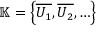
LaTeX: \mathbb { K } = \left\{ { \overline { { U _ { 1 } } } } , { \overline { { U _ { 2 } } } } , \ldots \right\}